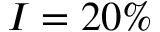
I = 2 0 \%